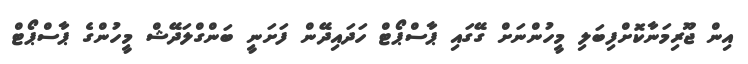
އިން ޖޫރިމަނާކޮށްފިބަލި މީހުންނަށް ގޭގައި ޕާސްޕޯޓް ހަދައިދޭން ފަށަނީ ބަންގްލަދޭޝް މީހުންގެ ޕާސްޕޯޓް